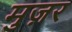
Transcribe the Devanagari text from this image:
मुज़र